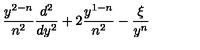
\frac { y ^ { 2 - n } } { n ^ { 2 } } \frac { d ^ { 2 } } { d y ^ { 2 } } + 2 \frac { y ^ { 1 - n } } { n ^ { 2 } } - \frac { \xi } { y ^ { n } }